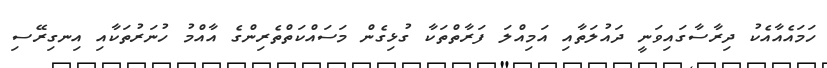
ހަމައެއާއެކު ދިރާސާގައިވަނީ ދައުލަތާއި އަމިއްލަ ފަރާތްތަކާ ގުޅިގެން މަސައްކަތްތެރިންގެ އާއްމު ހުނަރުތަކާއި އިނގިރޭސި